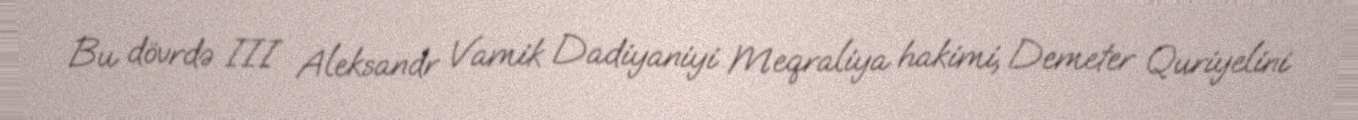
Bu dövrdə III Aleksandr Vamik Dadiyaniyi Meqraliya hakimi, Demeter Quriyelini